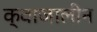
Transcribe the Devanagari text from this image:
क्वाजालीन